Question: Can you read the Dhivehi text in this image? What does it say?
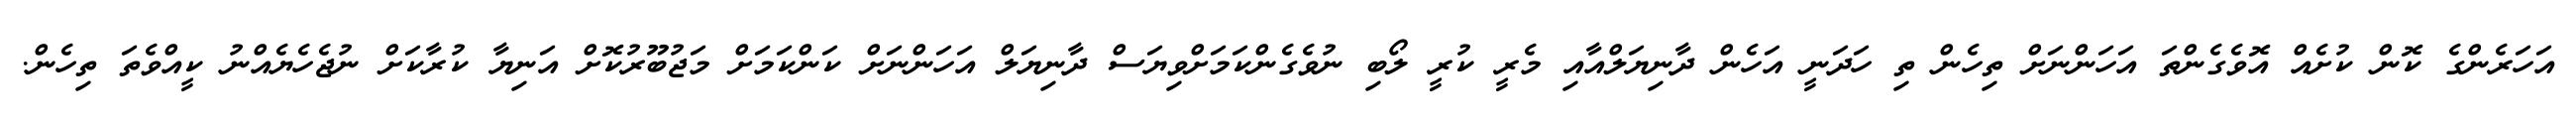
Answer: އަހަރެންގެ ކޮން ކުށެއް އޮވެގެންތަ އަހަންނަށް ތިހެން ތި ހަދަނީ އަހެން ދާނިޔަލްއާއި މެރީ ކުރީ ލޯބި ނުވެގެންކަމަށްވިޔަސް ދާނިޔަލް އަހަންނަށް ކަންކަމަށް މަޖުބޫރުކޮށް އަނިޔާ ކުރާކަށް ނުޖެހެޔެއްނު ކީއްވެތަ ތިހެން.